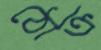
ঠোক্‌র